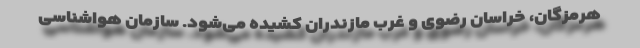
هرمزگان، خراسان رضوی و غرب مازندران کشیده می‌شود. سازمان هواشناسی